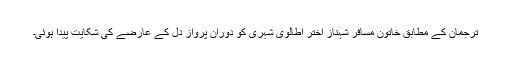
ترجمان کے مطابق خاتون مسافر شہناز اختر اطالوی شہری کو دوران پرواز دل کے عارضے کی شکایت پیدا ہوئی۔